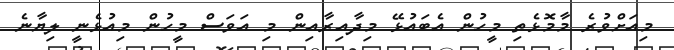
މިއަށްވުރެ މާމޮޅެތި މީހުން އެބައުޅޭ މިދާއިރާއިން މި އަވަސް މީހުން މިއުޅެނީ ލިޔާނެ